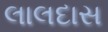
લાલદાસ